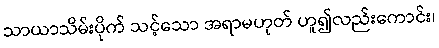
သာယာသိမ်းပိုက် သင့်သော အရာမဟုတ် ဟူ၍လည်းကောင်း၊